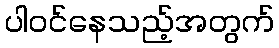
ပါဝင်နေသည့်အတွက်